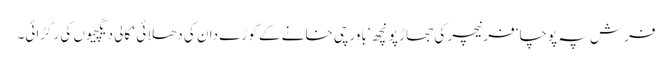
فرش پہ پوچا‘ فرنیچر کی جھاڑ پونچھ ‘ باورچی خانے کے کوڑے دان کی دھلائی ‘ کالی دیگچیوں کی رگڑائی۔